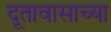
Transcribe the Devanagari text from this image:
दूतावासाच्या